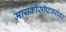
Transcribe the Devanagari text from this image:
मायक्रोसॉप्टबरोबर